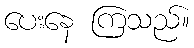
ပေးနေ ကြသည်။